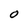
Character: O